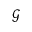
\mathcal G